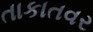
તાકાતવર